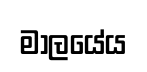
මාලයේය